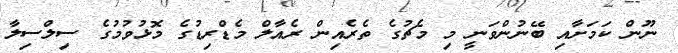
ނޫން ކަމަށާއި ބޭނުންވަނީ މި މެޗުގެ ތެރެއިން ރެއާލް މެޑްރިޑުގެ މޮޅުވުމުގެ ސިލްސިލާ